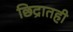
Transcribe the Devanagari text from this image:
छिद्रातही